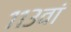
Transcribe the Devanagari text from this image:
११३वां